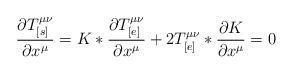
LaTeX: \begin{align*}\frac{\partial T_{[s]}^{\mu\nu}}{\partial x^{\mu}} = K * \frac{\partial T_{[e]}^{\mu\nu}}{\partial x^{\mu}} + 2 T_{[e]}^{\mu\nu} * \frac{\partial K}{\partial x^{\mu}} = 0\end{align*}